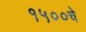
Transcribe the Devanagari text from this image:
१५००चे